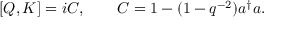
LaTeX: [ Q , K ] = i C , \qquad C = 1 - ( 1 - q ^ { - 2 } ) a ^ { \dagger } a .